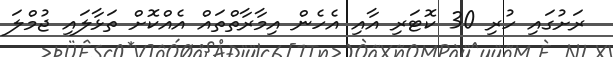
ރަށުގައި ހުރި 30 ކޮޓަރި އާއި އެހެން އިމާރާތްތައް އެއްކޮށް ތަޅާލައި ޖުމްލަ